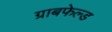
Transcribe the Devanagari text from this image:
ग्राबफेल्ड